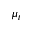
\mu _ { t }